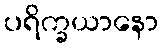
ပရိက္ခယာနော